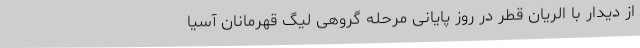
از دیدار با الریان قطر در روز پایانی مرحله گروهی لیگ قهرمانان آسیا